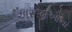
અરજીઓના